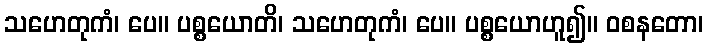
သဟေတုကံ၊ ပေ။ ပစ္စယောတိ၊ သဟေတုကံ၊ ပေ။ ပစ္စယောဟူ၍။ ဝစနတော၊